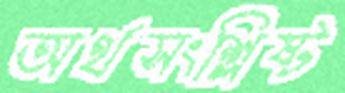
অর্থসংশ্লিষ্ট